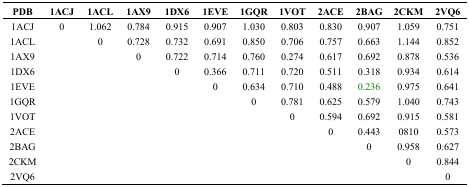
<table><thead><tr><td><b>PDB</b></td><td><b>1ACJ</b></td><td><b>1ACL</b></td><td><b>1AX9</b></td><td><b>1DX6</b></td><td><b>1EVE</b></td><td><b>1GQR</b></td><td><b>1VOT</b></td><td><b>2ACE</b></td><td><b>2BAG</b></td><td><b>2CKM</b></td><td><b>2VQ6</b></td></tr></thead><tbody><tr><td>1ACJ</td><td>0</td><td>1.062</td><td>0.784</td><td>0.915</td><td>0.907</td><td>1.030</td><td>0.803</td><td>0.830</td><td>0.907</td><td>1.059</td><td>0.751</td></tr><tr><td>1ACL</td><td></td><td>0</td><td>0.728</td><td>0.732</td><td>0.691</td><td>0.850</td><td>0.706</td><td>0.757</td><td>0.663</td><td>1.144</td><td>0.852</td></tr><tr><td>1AX9</td><td></td><td></td><td>0</td><td>0.722</td><td>0.714</td><td>0.760</td><td>0.274</td><td>0.617</td><td>0.692</td><td>0.878</td><td>0.536</td></tr><tr><td>1DX6</td><td></td><td></td><td></td><td>0</td><td>0.366</td><td>0.711</td><td>0.720</td><td>0.511</td><td>0.318</td><td>0.934</td><td>0.614</td></tr><tr><td>1EVE</td><td></td><td></td><td></td><td></td><td>0</td><td>0.634</td><td>0.710</td><td>0.488</td><td>0.236</td><td>0.975</td><td>0.641</td></tr><tr><td>1GQR</td><td></td><td></td><td></td><td></td><td></td><td>0</td><td>0.781</td><td>0.625</td><td>0.579</td><td>1.040</td><td>0.743</td></tr><tr><td>1VOT</td><td></td><td></td><td></td><td></td><td></td><td></td><td>0</td><td>0.594</td><td>0.692</td><td>0.915</td><td>0.581</td></tr><tr><td>2ACE</td><td></td><td></td><td></td><td></td><td></td><td></td><td></td><td>0</td><td>0.443</td><td>0810</td><td>0.573</td></tr><tr><td>2BAG</td><td></td><td></td><td></td><td></td><td></td><td></td><td></td><td></td><td>0</td><td>0.958</td><td>0.627</td></tr><tr><td>2CKM</td><td></td><td></td><td></td><td></td><td></td><td></td><td></td><td></td><td></td><td>0</td><td>0.844</td></tr><tr><td>2VQ6</td><td></td><td></td><td></td><td></td><td></td><td></td><td></td><td></td><td></td><td></td><td>0</td></tr></tbody></table>